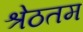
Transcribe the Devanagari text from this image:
श्रेठतम